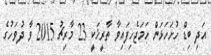
އަދި ބިޑް ހުށަހަޅަން ހަމަޖެހިފައިވާ ތާރީޚަކީ 23 މާރިޗު 2015 ވާ ދުވަހުގެ